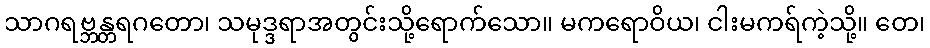
သာဂရဗ္ဘန္တရဂတော၊ သမုဒ္ဒရာအတွင်းသို့ရောက်သော။ မကရောဝိယ၊ ငါးမကရ်ကဲ့သို့။ တေ၊